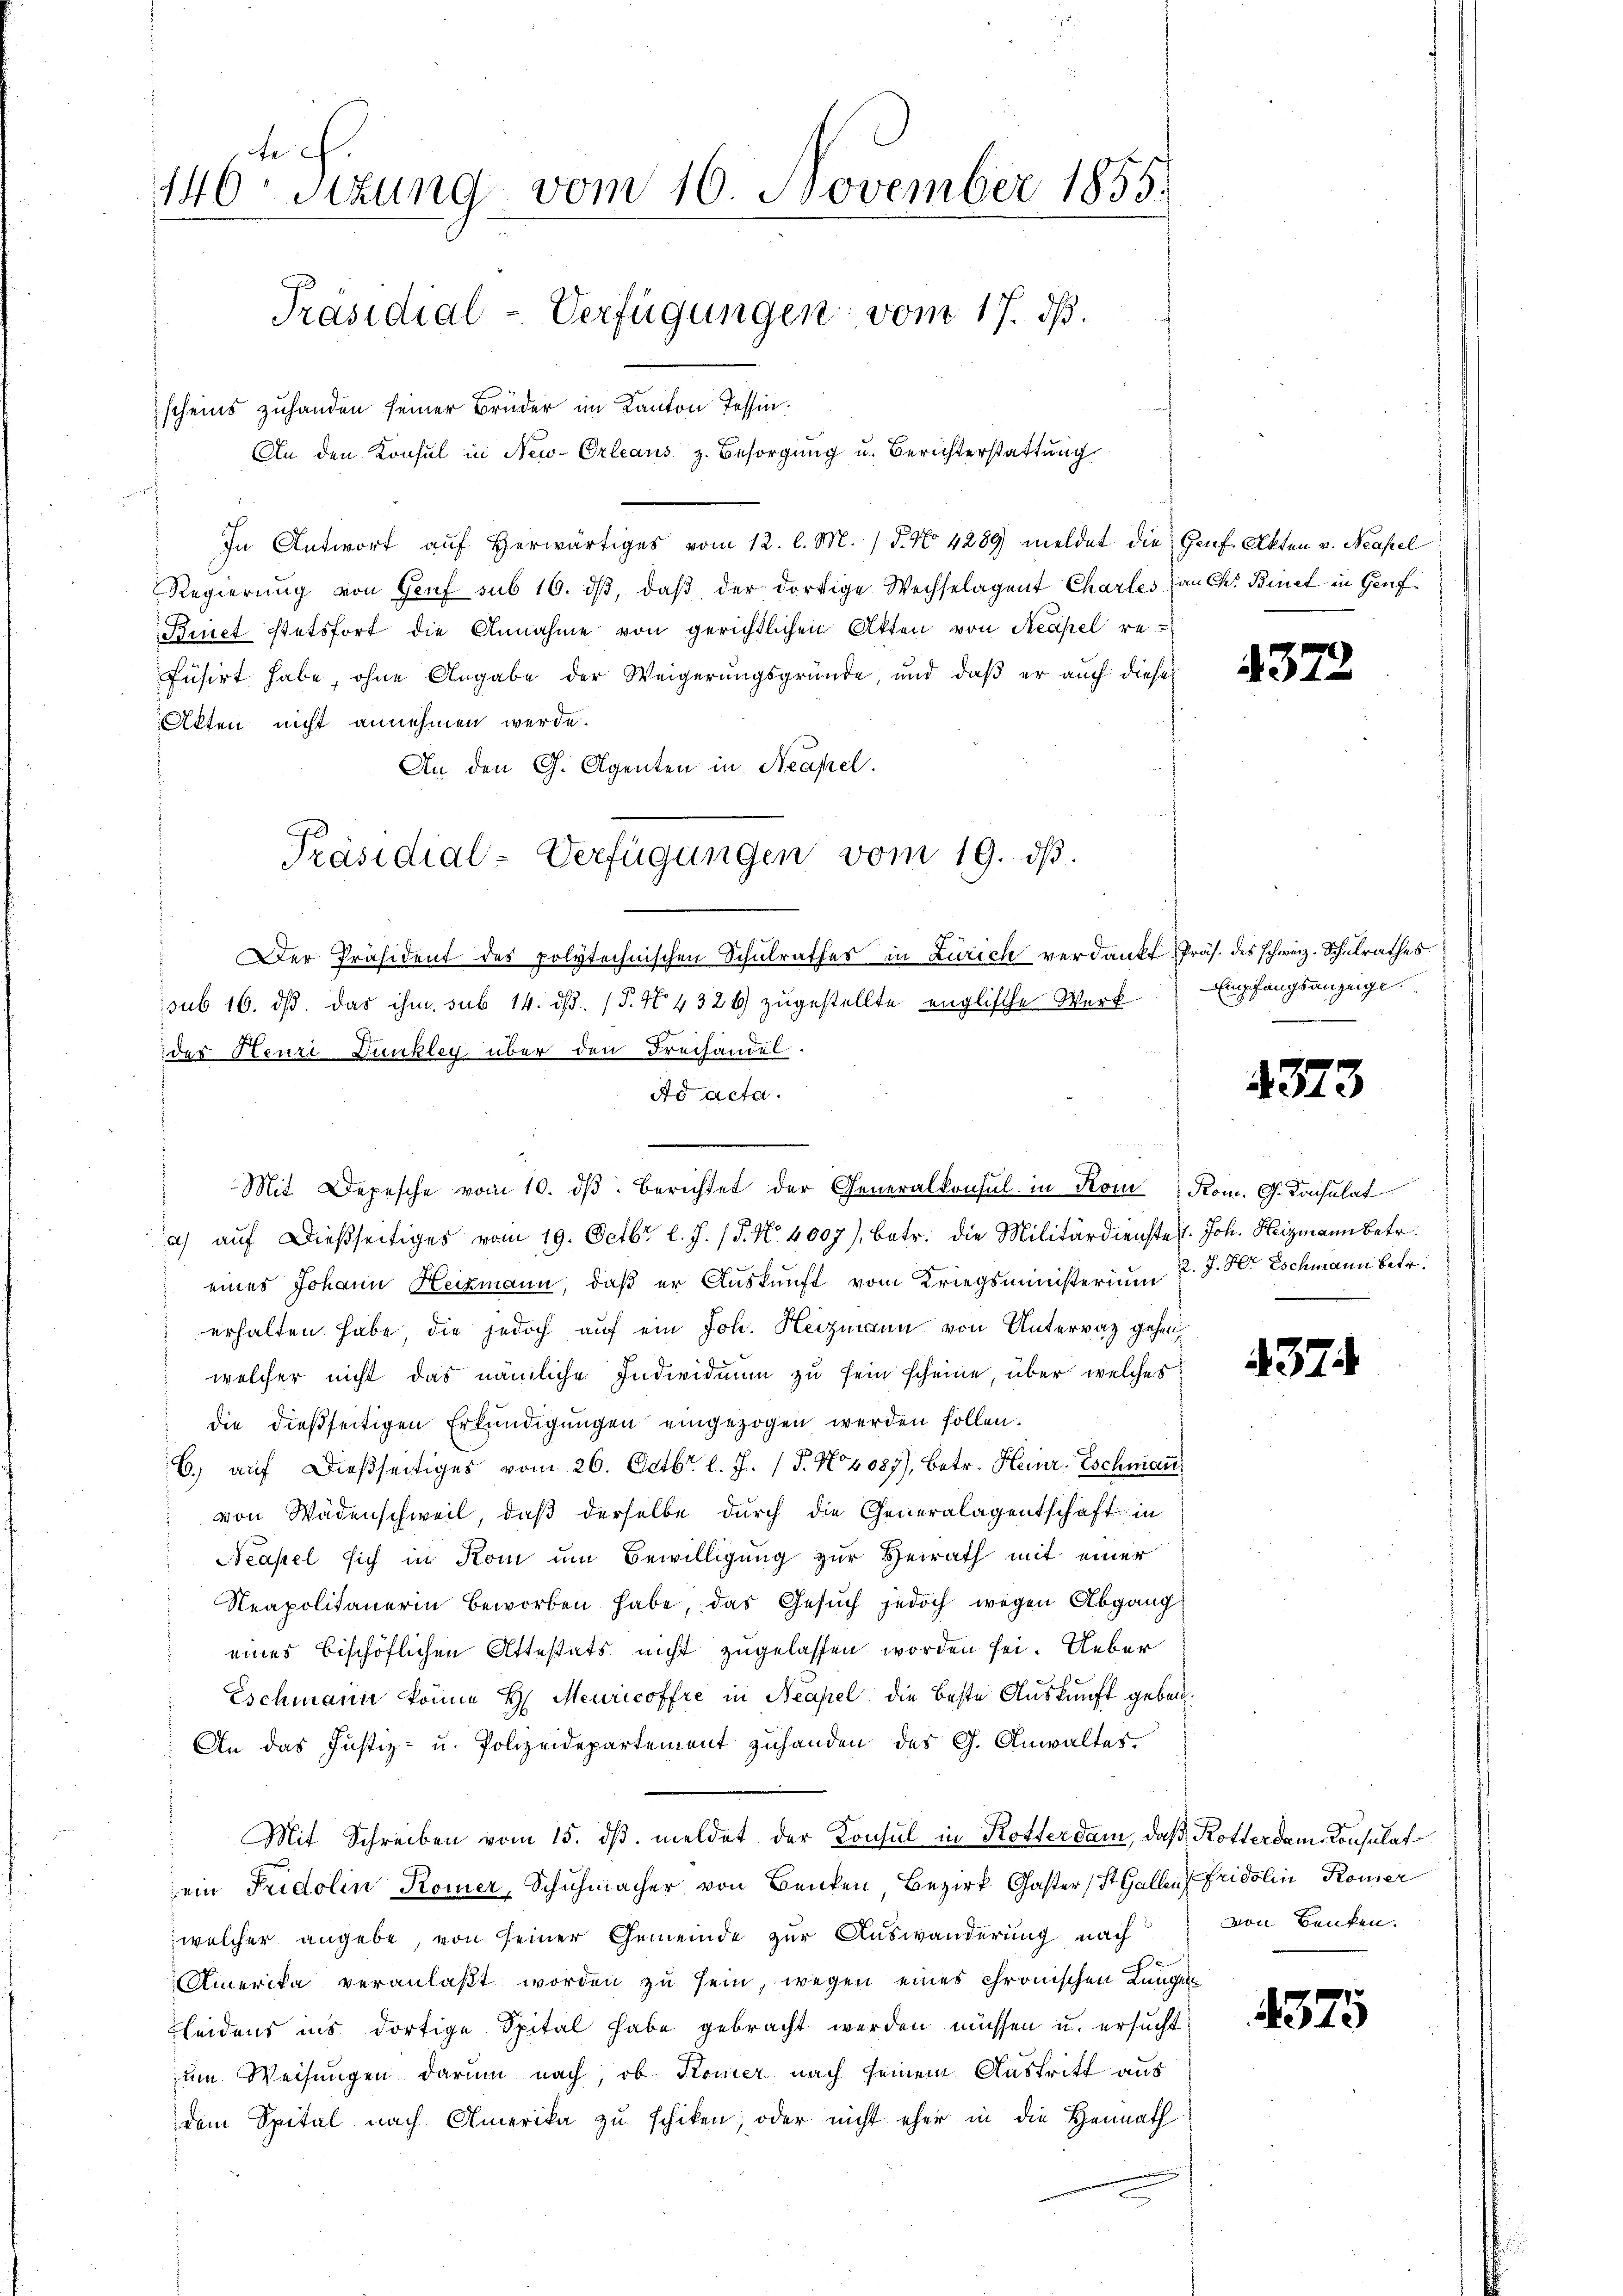
146 Sizung vom 16. November 1855.
Präsidial-Verfügungen vom 17. ds.
scheins zuhanden seiner Brüder im Kanton Tessin.
An den Konsul in New-Orleaŭs z. Besorgŭng u. Berichterstattung

In Antwort aŭf herwärtiges vom 12. l. M. (§. No 4289 meldet die Genf. Akten v. Neapel
Regierung von Genf sub 16. dβ, daβ der dortige Wechselagent Charles an Ch. Binet in Genf.
Binet stetsfort die Annahme von gerichtlichen Akten von Neapel refusirt habe, ohne Angabe der Weigerungsgründe, und daß er auch diese
Akten nicht annehmen werde.
An den G. Agenten in Neapel.
Präsidial-Verfügungen vom 19. ds.
Der Präsident des polytechnischen Schulrathes in Zürich verdankt, Präs. des schweiz. Schulrathes
sub 16. ds. das ihm sub 14. ds. (T. N. 4326) zugestellte englische Werk
des Heuri Dunkley über den Freihandel.
Ad acta.

Mit Depesche vom 10. dβ berichtet der Generalkonsul in Kom Rom. G. Konsulat

a aŭf dießseitiges vom 19. Octbr. l. J. P. Nr. 4007), betr. die Militärdienste 1. Joh. Heizmann betr.
eines Johann Heizmann, daß er Auskunft vom Kriegsministerium 2. J. H. Eschmann betr.
 erhalten habe, die jedoch auf ein Joh. Heizmann von Untervaz gehen
welcher nicht das nämliche Individuum zu sein scheine, über welches
die dießseitigen Erkundigungen eingezogen werden sollen.
6) auf dießseitiges vom 26. Octbr. l. J. (T. No 4087), betr. Heinr. Eschman
von Wädenschweil, daß derselbe durch die Generalagentschaft in
Neapel sich in Kom um Bewilligung zur Heirath mit einer
Neapolitanerin beworben habe, das Gesuch jedoch wegen Abgang
eines bischöflichen Attestats nicht zugelassen worden sei. Ueber
Eschmann könne H. Meuricoffre in Neapel die beste Auskunft geben.
An das Justiz- u. Polizeidepartement zŭhanden des G. Anwaltes.
Mit Schreiben vom 15. ds. meldet der Konsul in Rotterdam, daß Rotterdem Consulat
ein Fridolin Komer, Schuhmacher von Benken Bezirk Gaster, St. Gallen Fridolin Komer
welcher angebe, von seiner Gemeinde zur Auswanderung nach
Amerika veranlaßt worden zu sein, wegen eines chronischen Langen
Kleidens ins dortige Spital habe gebracht werden müssen u. ersucht
um Weisungen darum nach, ob Komer nach seinem Austritt aus
dem Spital nach Amerika zu schiken, oder nicht eher in die Heimath

4373

Empfangsanzeige.

4373

437.

von Benken.

4575